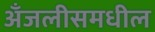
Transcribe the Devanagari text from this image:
अँजलीसमधील